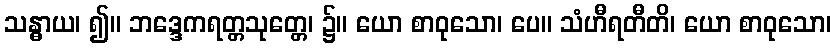
သန္ဓာယ၊ ၍။ ဘဒ္ဒေကရတ္တသုတ္တေ၊ ၌။ ယော စာဝုသော၊ ပေ။ သံဟီရတီတိ၊ ယော စာဝုသော၊